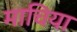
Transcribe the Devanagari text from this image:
माचिया